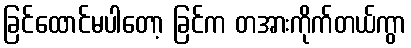
ခြင်ထောင်မပါတော့ ခြင်က တအားကိုက်တယ်ကွာ